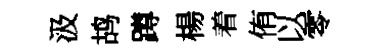
汲鸪蹲楊着侑以零